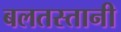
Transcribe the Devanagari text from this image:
बलतस्तानी